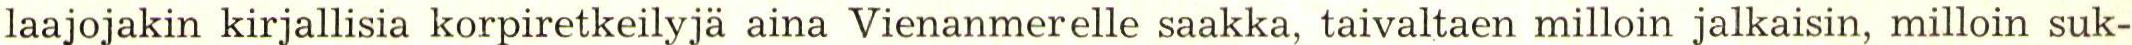
laajojakin kirjallisia korpiretkeilyjä aina Vienanmerelle saakka, taivaltaen milloin jalkaisin, milloin suk-